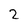
Character: 2